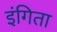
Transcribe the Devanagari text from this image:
इंगिता